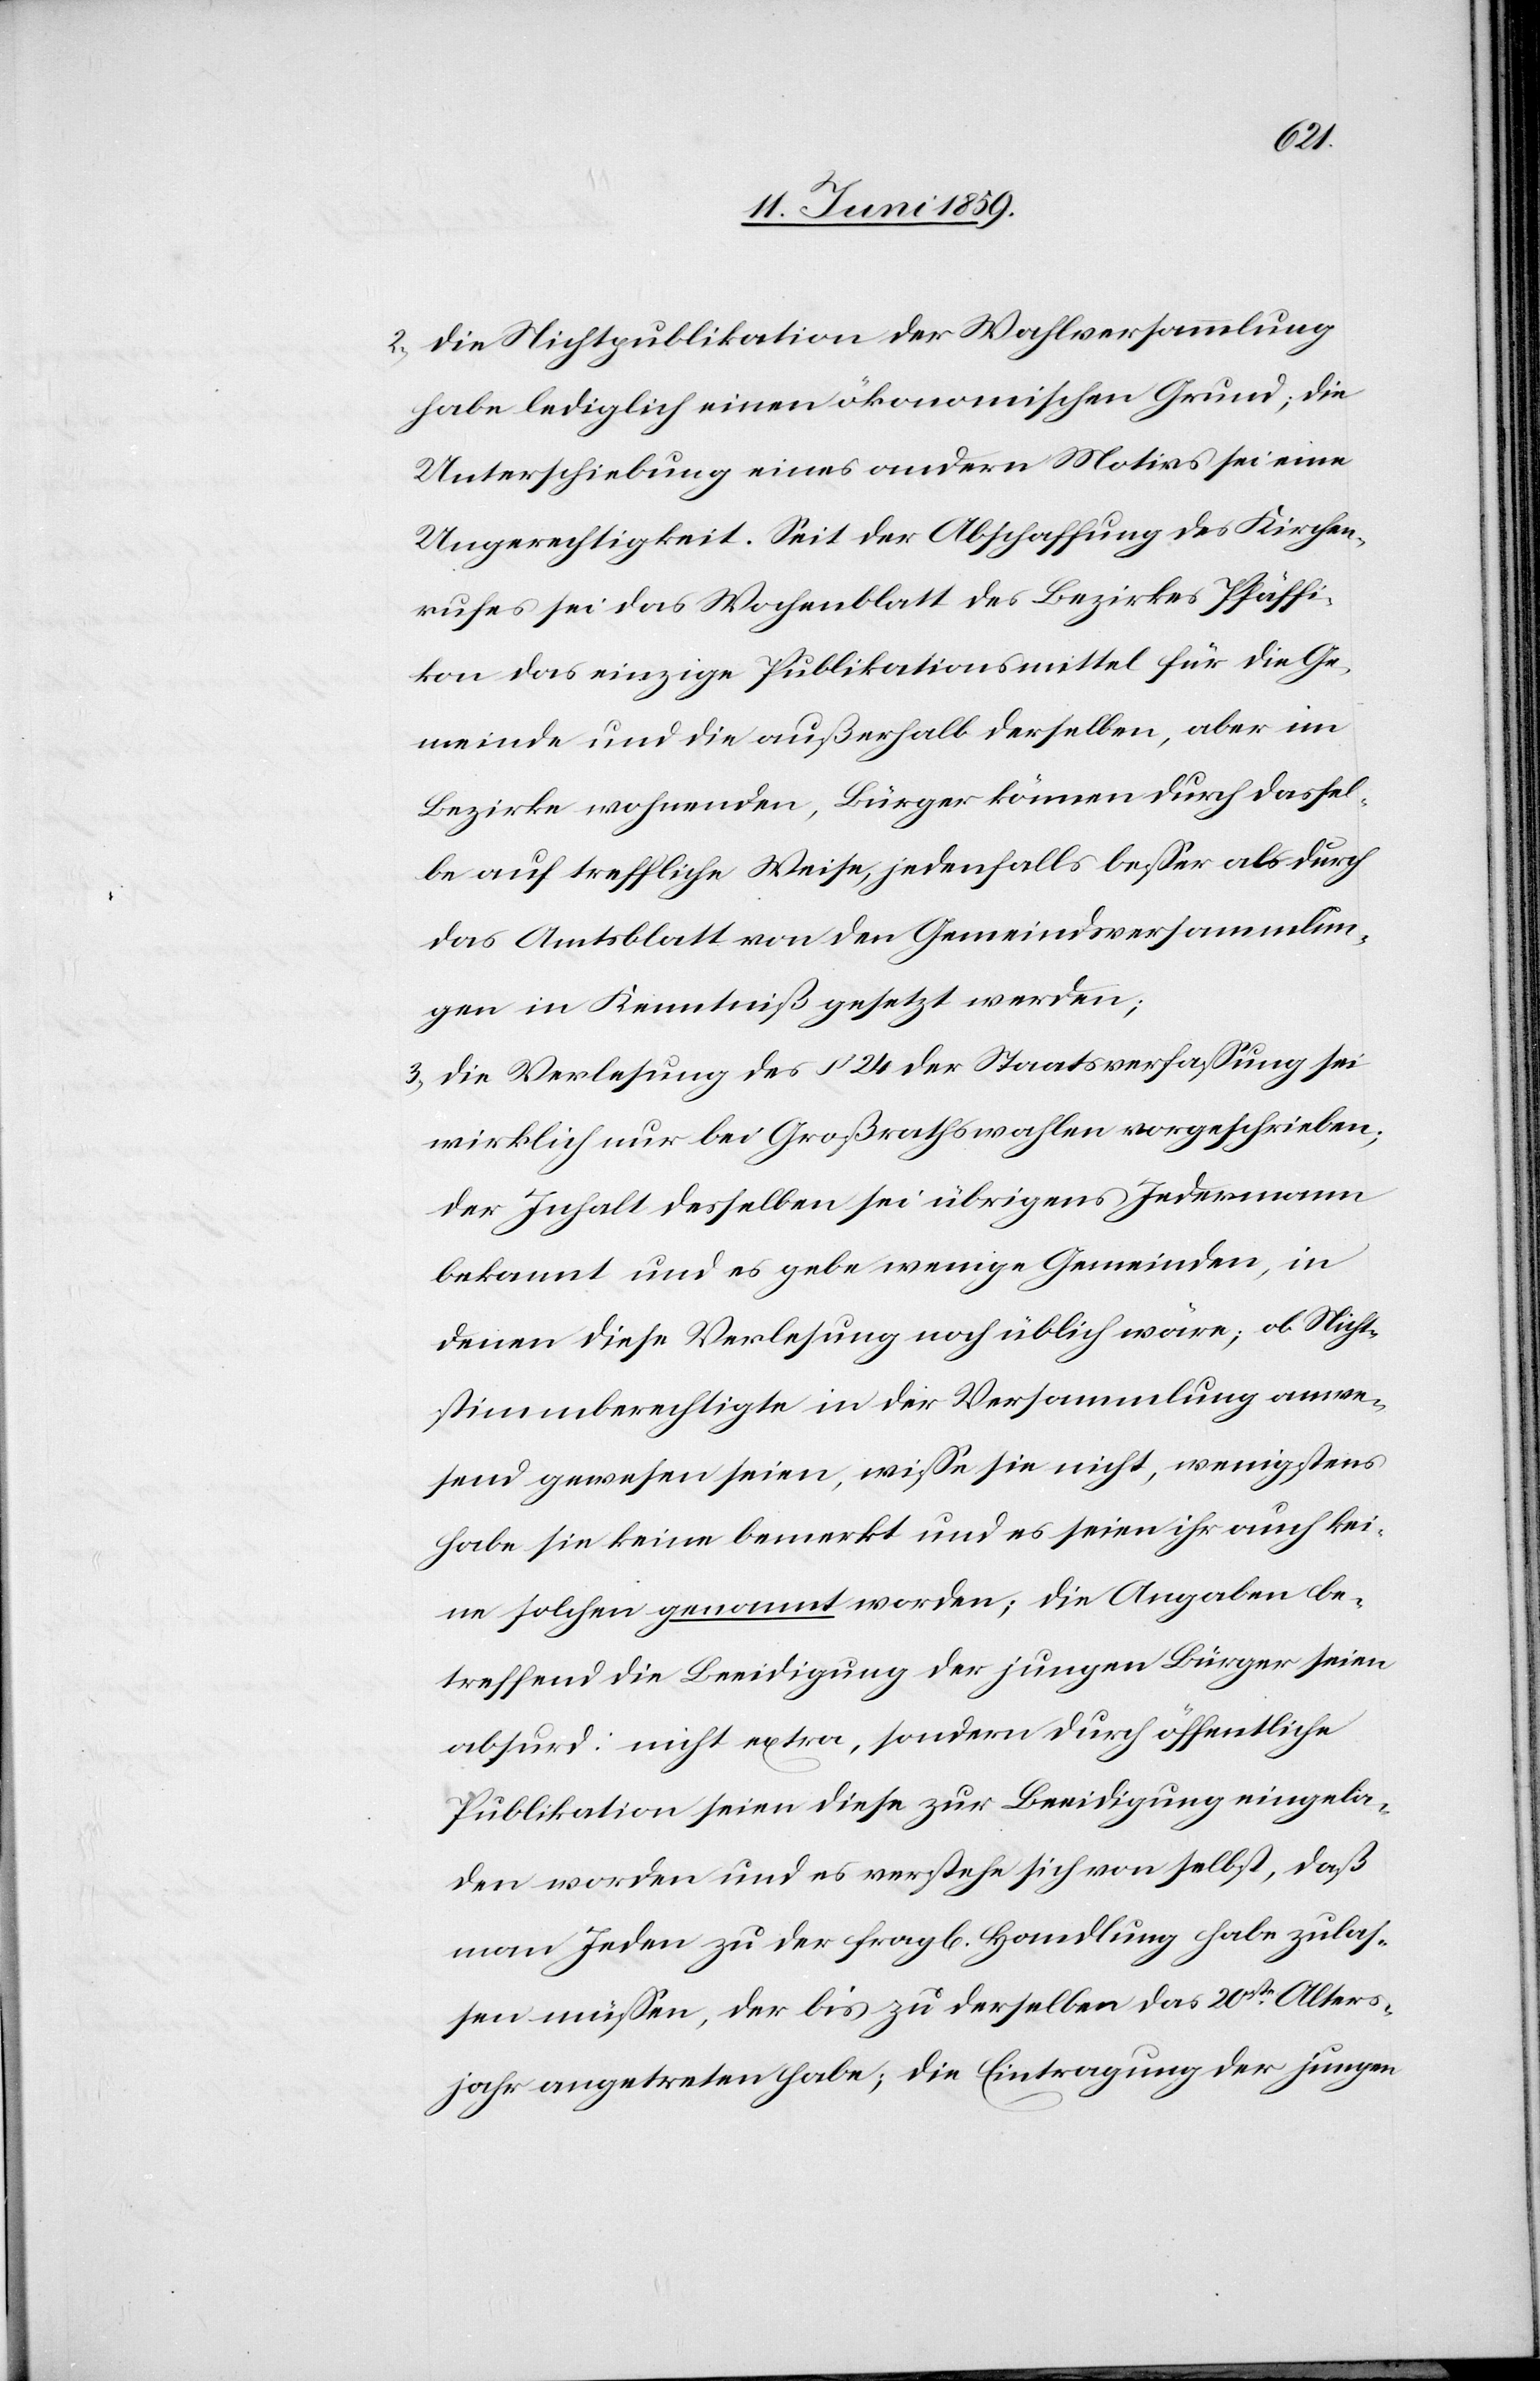
2) Die Nichtpublikation der Wahlversammlung
habe lediglich einen ökonomischen Grund; die
Unterschiebung eines andern Motivs sei eine
Ungerechtigkeit. Seit der Abschaffung des Kirchen¬
rufes sei das Wochenblatt des Bezirkes Pfäffi¬
kon das einzige Publikationsmittel für die Ge¬
meinde und die außerhalb derselben, aber im
Bezirke wohnenden, Bürger können durch dassel¬
be auf treffliche Weise, jedenfalls besser als durch
das Amtsblatt von den Gemeindeversammlun¬
gen in Kenntniß gesetzt werden;
3) Die Verlesung des § 24 der Staatsverfassung sei
wirklich nur bei Großrathswahlen vorgeschrieben;
der Inhalt desselben sei übrigens Jedermann
bekannt und es gebe wenige Gemeinden, in
denen diese Verlesung noch üblich wäre; ob Nicht¬
stimmberechtigte in der Versammlung anwe¬
send gewesen seien, wisse sie nicht, wenigstens
habe sie keine bemerkt und es seien ihr auch kei¬
ne solchen genannt worden; die Angaben be¬
treffend die Beeidigung der jungen Bürger seien
absurd: nicht extra, sondern durch öffentliche
Publikation seien diese zur Beeidigung eingela¬
den worden und es verstehe sich von selbst, daß
man Jeden zu der fragl. Handlung habe zulas¬
sen müssen, der bis zu derselben das 20ste Alters¬
jahr angetreten habe; die Eintragung der jungen